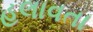
હલાવતા